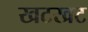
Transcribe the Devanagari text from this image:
खटखट